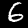
Label: 6